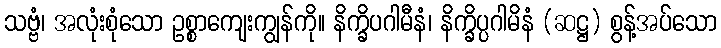
သဗ္ဗံ၊ အလုံးစုံသော ဥစ္စာကျေးကျွန်ကို။ နိက္ခိပဂါမီနံ၊ နိက္ခိပ္ပဂါမိနံ (ဆဋ္ဌ) စွန့်အပ်သော